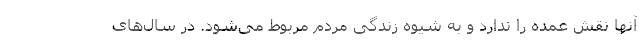
آنها نقش عمده را ندارد و به شیوه زندگی مردم مربوط می‌‌شود. در سال‌‌های